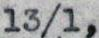
13/1,